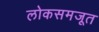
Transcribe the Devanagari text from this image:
लोकसमजूत